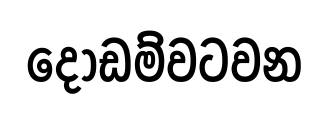
දොඩම්වටවන